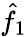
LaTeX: \hat{f}_{1}